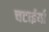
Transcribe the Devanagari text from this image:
चटाईयाँ